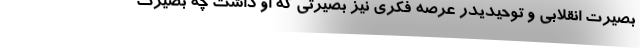
بصیرت انقلابی و توحیدیدر عرصه فکری نیز بصیرتی که او داشت چه بصیرت